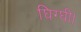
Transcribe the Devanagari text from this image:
घिग्घी।